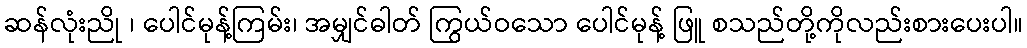
ဆန်လုံးညို ၊ ပေါင်မုန့်ကြမ်း၊ အမျှင်ဓါတ် ကြွယ်ဝသော ပေါင်မုန့် ဖြူ စသည်တို့ကိုလည်းစားပေးပါ။